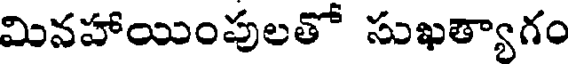
మినహాయింపులతో సుఖత్యాగం